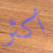
أكثر